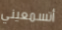
أتسمعيني